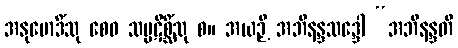
အနုမောဒိံသု စေဝ သမ္ပဋိစ္ဆိံသု စ။ အယဉှိ အဘိနန္ဒသဒ္ဒေါ “အဘိနန္ဒတိ